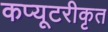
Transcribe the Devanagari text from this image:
कप्यूटरीकृत